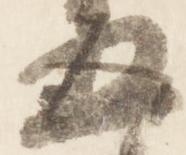
五